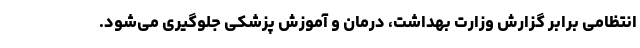
انتظامی برابر گزارش وزارت بهداشت، درمان و آموزش پزشکی جلوگیری می‌شود.